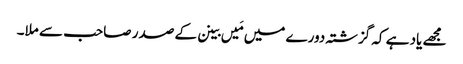
مجھے یاد ہے کہ گزشتہ دورے میں مَیں بینن کے صدر صاحب سے ملا۔